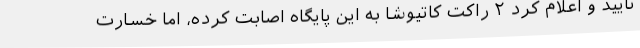
تایید و اعلام کرد ۲ راکت کاتیوشا به این پایگاه اصابت کرده، اما خسارت